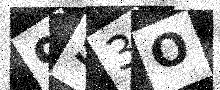
Text: 9S3O